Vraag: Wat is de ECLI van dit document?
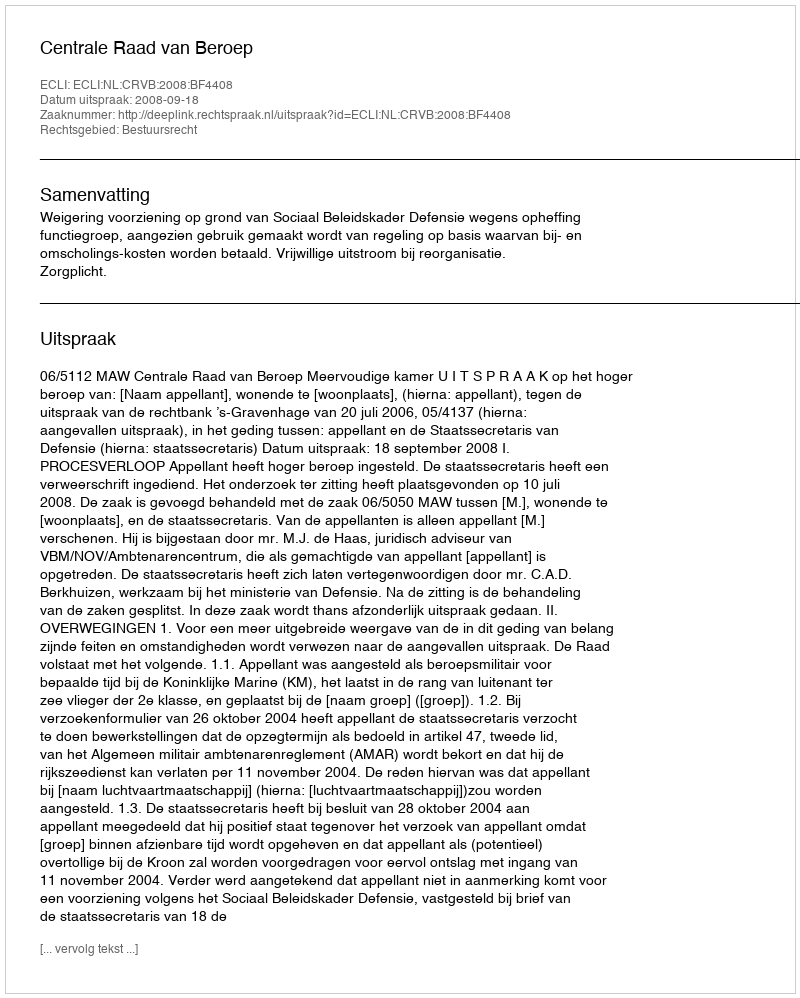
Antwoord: ECLI:NL:CRVB:2008:BF4408